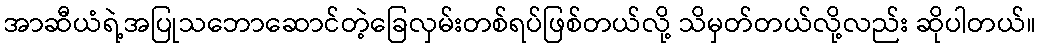
အာဆီယံရဲ့အပြုသဘောဆောင်တဲ့ခြေလှမ်းတစ်ရပ်ဖြစ်တယ်လို့ သိမှတ်တယ်လို့လည်း ဆိုပါတယ်။